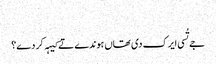
‏
جے تُسی ایرک دی تھاں ہوندے تے کیہہ کر دے؟